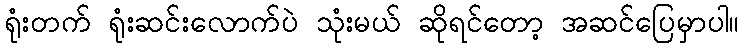
ရုံးတက် ရုံးဆင်းလောက်ပဲ သုံးမယ် ဆိုရင်တော့ အဆင်ပြေမှာပါ။